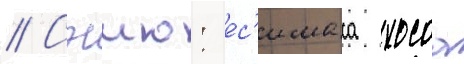
// Сэию: ес'имаса хосоа